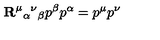
{ \bf R } ^ { \mu } { } _ { \alpha } { } ^ { \nu } { } _ { \beta } p ^ { \beta } p ^ { \alpha } = p ^ { \mu } p ^ { \nu }